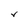
Character: V